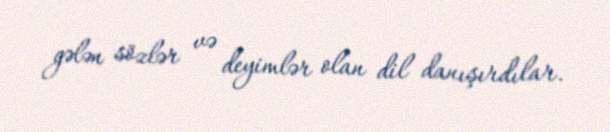
gələn sözlər və deyimlər olan dil danışırdılar.